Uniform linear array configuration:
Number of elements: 32
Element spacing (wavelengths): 0.75
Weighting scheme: cosine
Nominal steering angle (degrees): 30
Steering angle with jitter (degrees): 30.855
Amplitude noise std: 0.05
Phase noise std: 0.05

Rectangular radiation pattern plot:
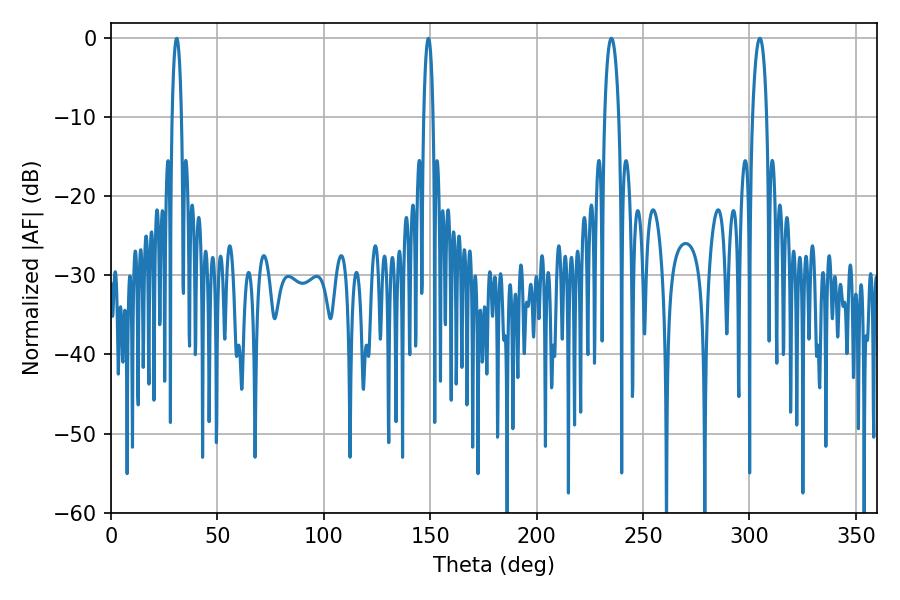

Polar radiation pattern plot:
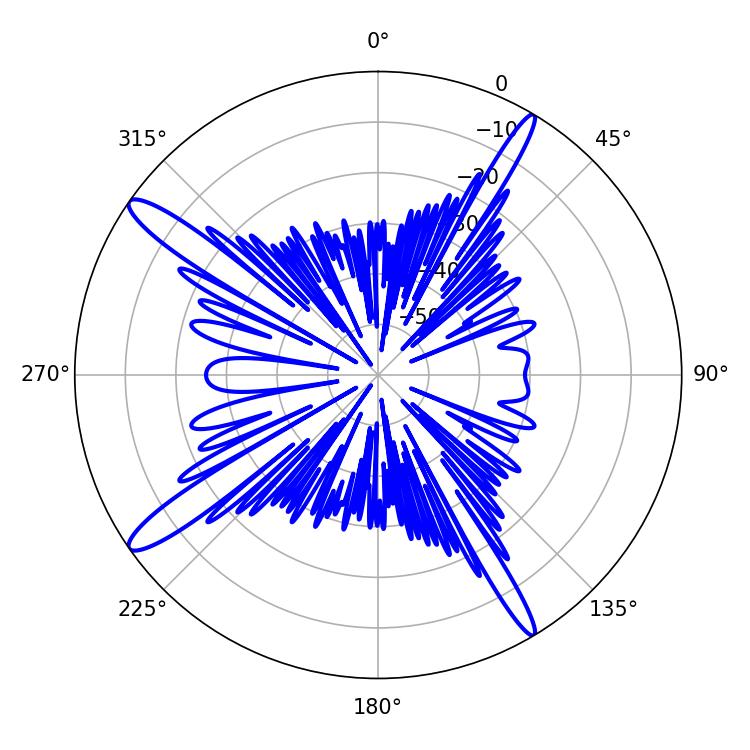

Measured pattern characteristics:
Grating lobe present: TRUE
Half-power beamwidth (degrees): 3.78
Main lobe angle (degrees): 235.08